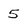
Character: 5